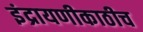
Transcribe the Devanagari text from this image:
इंद्रायणीकाठीच